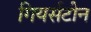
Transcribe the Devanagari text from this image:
गियर्सटीन